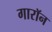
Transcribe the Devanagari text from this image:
गारॉन